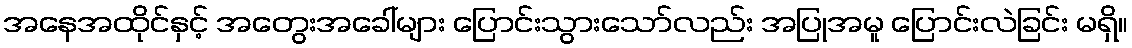
အနေအထိုင်နှင့် အတွေးအခေါ်များ ပြောင်းသွားသော်လည်း အပြုအမူ ပြောင်းလဲခြင်း မရှိ။